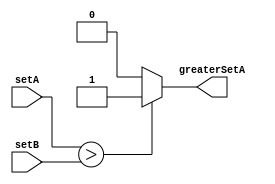
module magnitude_comparator (
    input [31:0] setA,
    input [31:0] setB,
    output greaterSetA
);

reg [31:0] sumA;
reg [31:0] sumB;

assign sumA = setA[31:0];
assign sumB = setB[31:0];

always @* begin
    if (sumA > sumB) begin
        greaterSetA = 1;
    end else begin
        greaterSetA = 0;
    end
end

endmodule